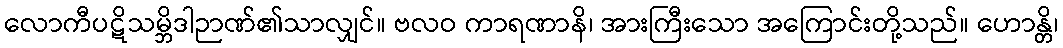
လောကီပဋိသမ္ဘိဒါဉာဏ်၏သာလျှင်။ ဗလဝ ကာရဏာနိ၊ အားကြီးသော အကြောင်းတို့သည်။ ဟောန္တိ၊